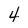
Character: 4